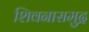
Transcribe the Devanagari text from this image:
शिवनासमुद्र